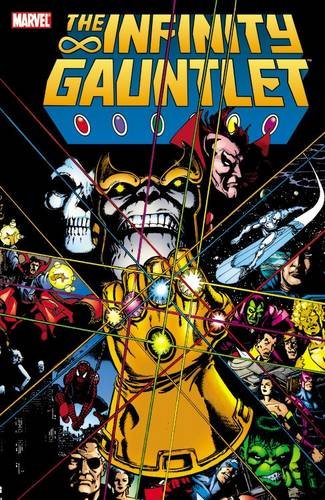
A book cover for Infinity Gauntlet; Jim Starlin; Comics & Graphic Novels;